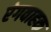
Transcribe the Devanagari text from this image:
रंगवाहक